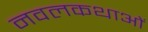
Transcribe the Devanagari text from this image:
नवलकथाओं